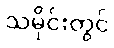
သမိုင်းတွင်